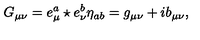
G _ { \mu \nu } = e _ { \mu } ^ { a } \star e _ { \nu } ^ { b } \eta _ { a b } = g _ { \mu \nu } + i b _ { \mu \nu } ,